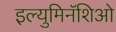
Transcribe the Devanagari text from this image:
इल्युमिनॅशिओ